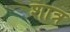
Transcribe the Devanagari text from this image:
शात्र